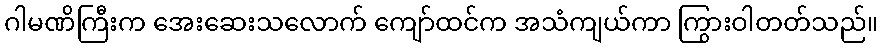
ဂါမဏိကြီးက အေးဆေးသလောက် ကျော်ထင်က အသံကျယ်ကာ ကြွားဝါတတ်သည်။